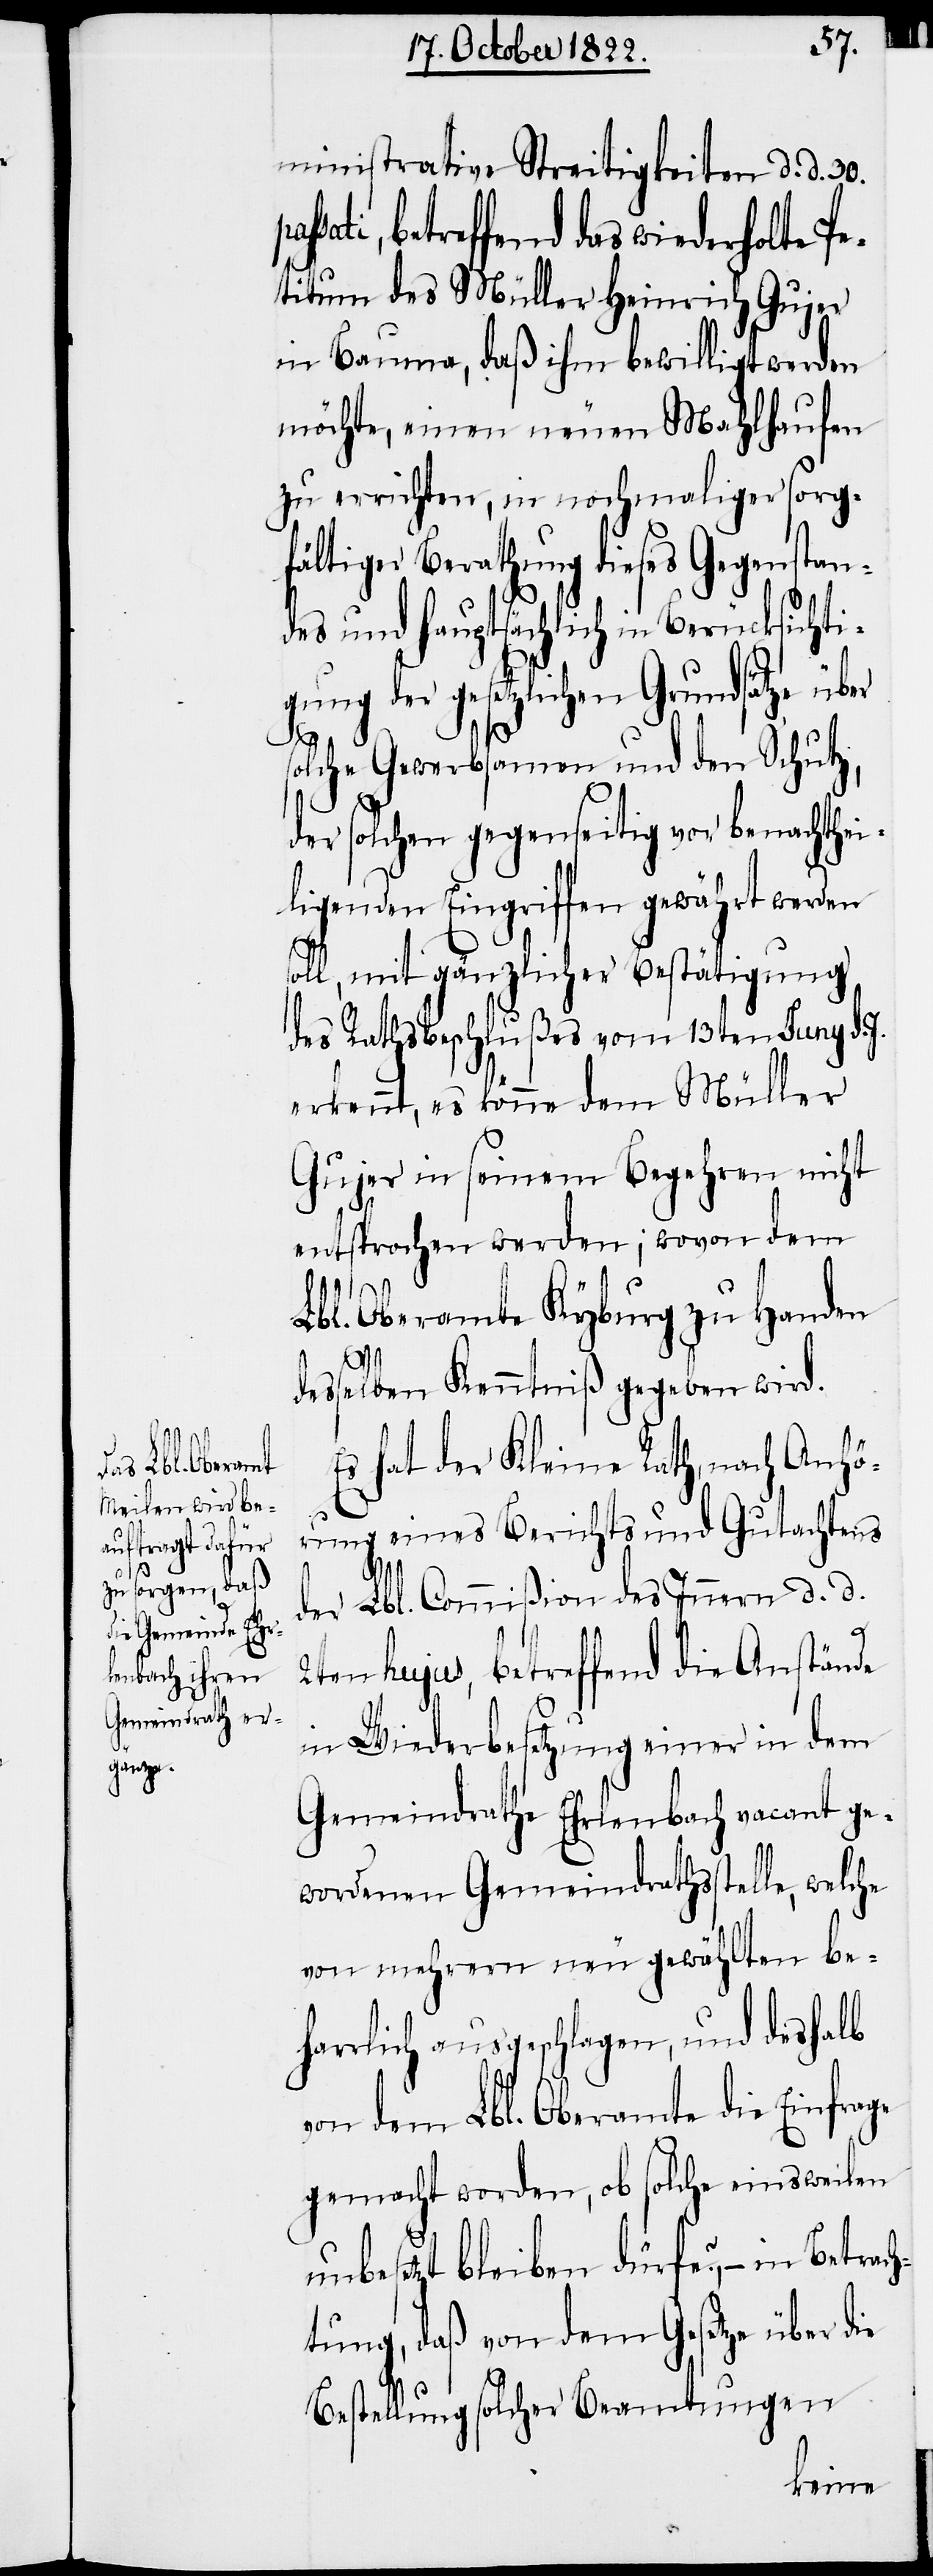
ministrative Streitigkeiten d. d. 30.
sati, betreffend das wiederholte P¬
etitum des Müller Heinrich Gujer
in Bauma, daß ihm bewilligt werden
möchte, einen neuen Mahlhaufen
zu errichten, in nochmaliger sorg¬
fältiger Berathung dieses Gegenstan¬
des und hauptsächlich in Berücksichti¬
gung der gesetzlichen Grundsätze über
pas¬
solche Gewerbsamen und den Schutz,
der solchen gegenseitig vor benachthei¬
ligenden Eingriffen gewährt werden
oll, mit gänzlicher Bestätigung
des Rathsbeschlußes vom 13ten Juny d.
erkennt, es könne dem Müller
Gujer in seinem Begehren nicht
entsprochen werden; wovon dem
Lbl. Oberamte Kyburg zu Handen
desselben Kenntniß gegeben wird.
Es hat der Kleine Rath, nach Anhö¬
rung eines Berichts und Gutachtens
der Lbl. Commißion des Innern d. d.
s¬
2ten hujus, betreffend die Anstände
in Wiederbesetzung einer in dem
Gemeindrathe Ehrlenbach vacant ge¬
wordenen Gemeindrathsstelle, welche
von mehrern neu gewählten be¬
harrlich ausgeschlagen, und deshalb
von dem Lbl. Oberamte die Einfrage
gemacht worden, ob solche einsweilen
unbesetzt bleiben dürfen?, – in Betrach¬
tung, daß von dem Gesetze über die
Bestellung solcher Beamtungen